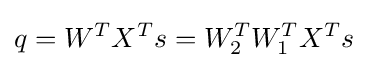
q=W^{T}X^{T}s=W_{2}^{T}W_{1}^{T}X^{T}s